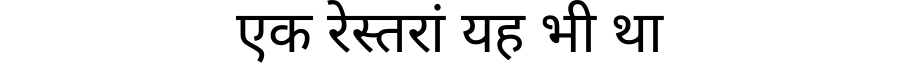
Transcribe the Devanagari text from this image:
एक रेस्तरां यह भी था